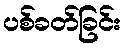
ပစ်ခတ်ခြင်း